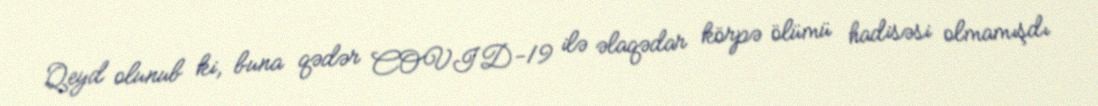
Qeyd olunub ki, buna qədər COVID-19 ilə əlaqədar körpə ölümü hadisəsi olmamışdı